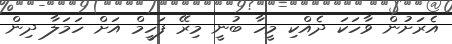
އެރަށުން ވާހަކަ ދެއްކި މީހާ ބުނީ މިރޭ ފަހީމް އަށް ހަމަލާ ދިން